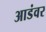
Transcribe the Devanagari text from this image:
आडंवर